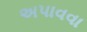
અપાવવા